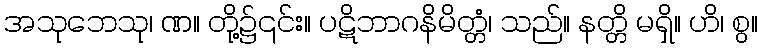
အသုဘေသု၊ ဏ။ တို့၌၎င်း။ ပဋိဘာဂနိမိတ္တံ၊ သည်။ နတ္တိ မရှိ။ ဟိ၊ စွ။